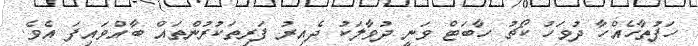
ހަފުތާހެއްހާ ދުވަހު ކޯޗު ހާބަޓް ވަނީ ދުވާލަކު ދެއިރު ފަރިތަކުރުންތައް ބާއްވައިފަ އެވެ.